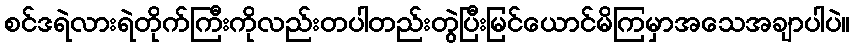
စင်ဒရဲလားရဲတိုက်ကြီးကိုလည်းတပါတည်းတွဲပြီးမြင်ယောင်မိကြမှာအသေအချာပါပဲ။